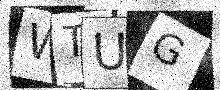
Text: WTUG